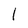
Character: l